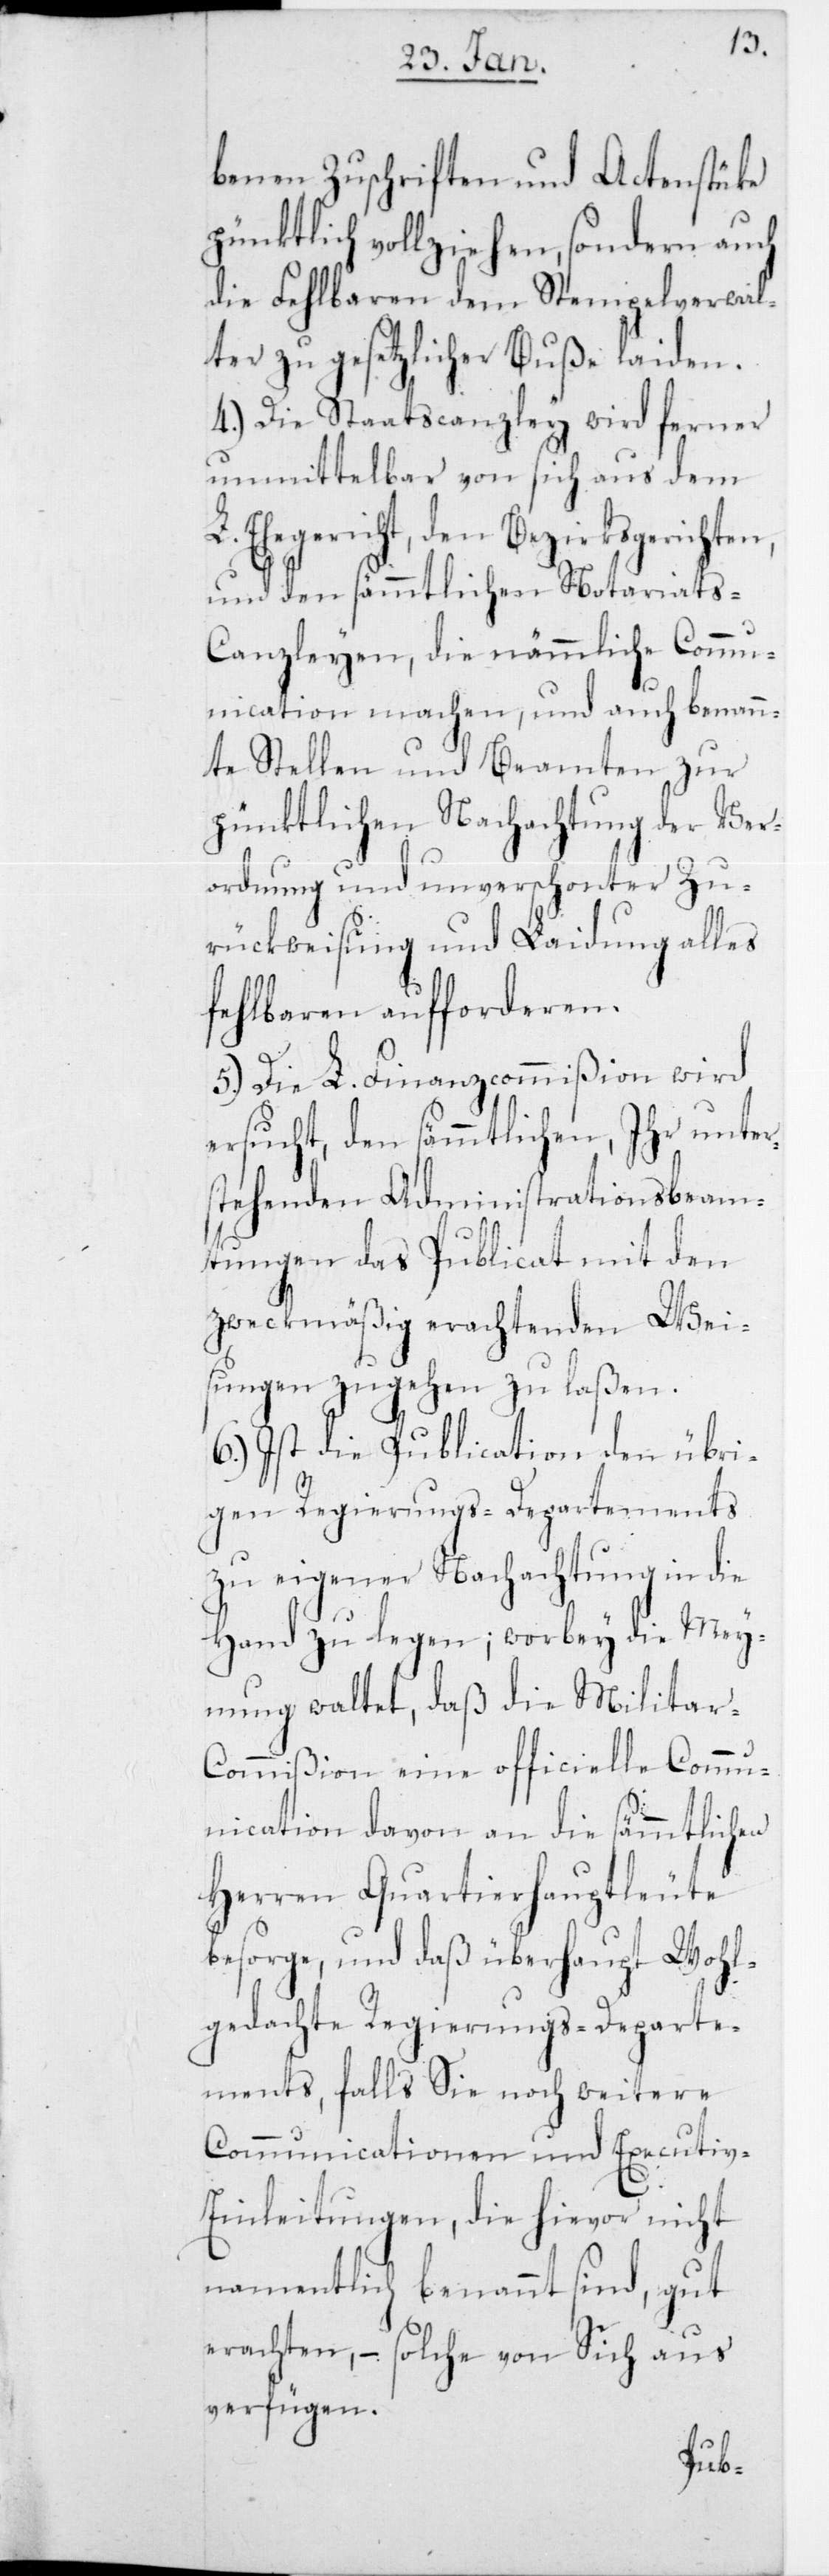
benen Zuschriften und Actenstüke
pünktlich vollziehen, sondern auch
die Fehlbaren dem Stempelverwal¬
ter zu gesetzlicher Buße laiden.
4.) Die Staatscanzley wird ferner
unmittelbar von sich aus dem
Ehegericht, den Bezirksgerichten,
und den sämmtlichen Notariats-C¬
anzleyen, die nämmliche Commu¬
nication machen, und auch benann¬
te Stellen und Beamten zur
pünktlichen Nachachtung der Ver¬
ordnung und unverschonter Zu¬
rückweisung und Laidung alles
Fehlbaren aufforderen.
5.) Die L. Finanzcommißion wird
ersucht, den sämmtlichen, Ihr unter¬
stehenden Administrationsbeam¬
tungen das Publicat mit den
zweckmäßig erachtenden Wei¬
sungen zugehen zu laßen.
6.) Ist die Publication den übri¬
gen Regierungs-Departements
zu eigener Nachachtung in die
Hand zu legen; worbey die Mey¬
nung waltet, daß die Militar-C¬
ommißion eine officielle Comm¬
unication davon, an die sämmtlichen
Herren Quartierhauptleute
besorge, und daß überhaupt wohl¬
gedachte Regierungs-Departe¬
ments, falls Sie noch weitere
Communicationen und Executi¬
v-Einleitungen, die hievor nicht
namentlich benannt sind, gut
erachten, – solche von sich aus
verfügen.